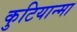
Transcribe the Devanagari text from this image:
कुटियान्मा